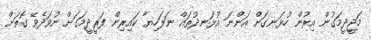
މަޖީދީމަގުން އިރުން ހުޅަނގަށް އަންނަ އުޅަނދުތައް ނަލަހިޔާ ކައިރިން ފަރީދީމަގަށް ނުވަދެވޭ ގޮތަށް